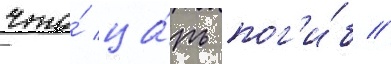
что́ ца́рь пог'и́б //